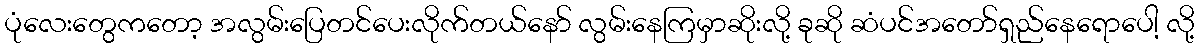
ပုံလေးတွေကတော့ အလွမ်းပြေတင်ပေးလိုက်တယ်နော် လွမ်းနေကြမှာဆိုးလို့ ခုဆို ဆံပင်အတော်ရှည်နေရောပေါ့ လို့